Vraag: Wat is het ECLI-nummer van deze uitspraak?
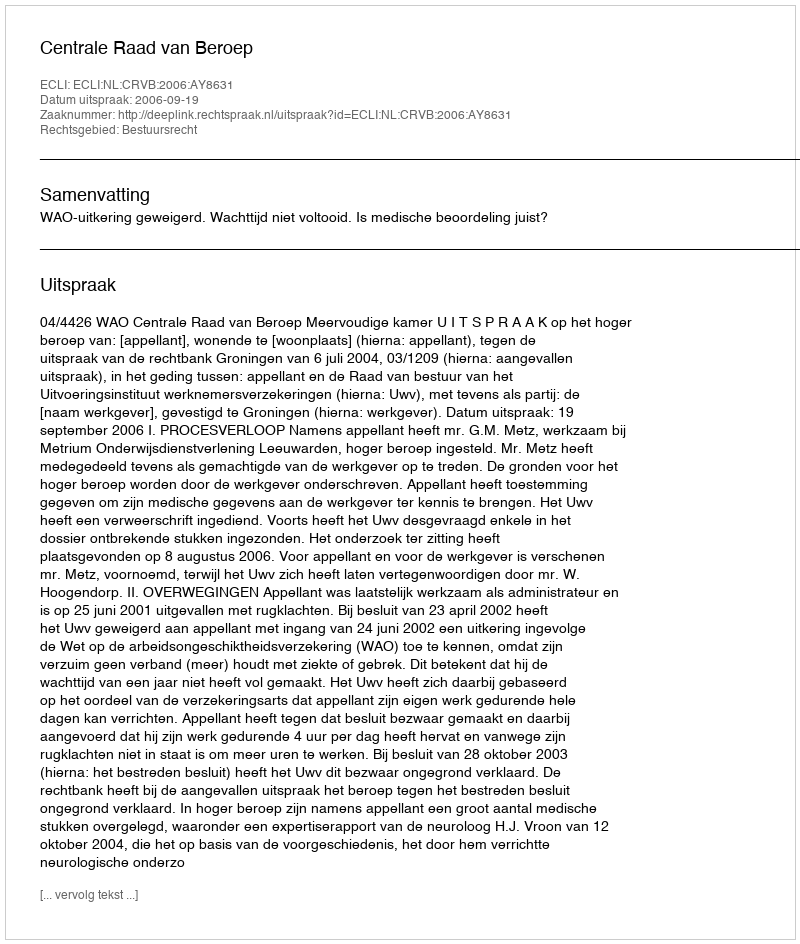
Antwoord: ECLI:NL:CRVB:2006:AY8631